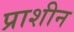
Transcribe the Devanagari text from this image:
प्राशीन